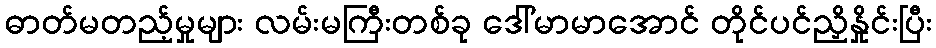
ဓာတ်မတည့်မှုများ လမ်းမကြီးတစ်ခု ဒေါ်မာမာအောင် တိုင်ပင်ညှိနှိုင်းပြီး